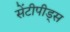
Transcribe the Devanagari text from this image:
सेंटीपीड्स